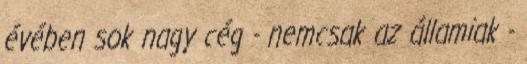
évében sok nagy cég - nemcsak az államiak -